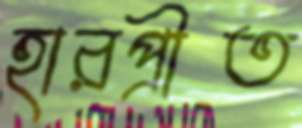
হারপ্রীত